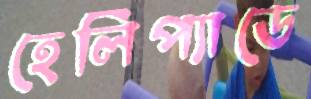
হেলিপ্যাডে